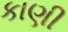
કાણી